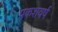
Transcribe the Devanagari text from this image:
प्रकशवर्ष